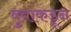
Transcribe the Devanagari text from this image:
बुवांकडून